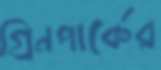
গ্রিনপার্কের